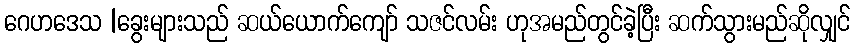
ဂေဟဒေသ |ခွေးများသည် ဆယ်ယောက်ကျော် သဇင်လမ်း ဟုအမည်တွင်ခဲ့ပြီး ဆက်သွားမည်ဆိုလျှင်